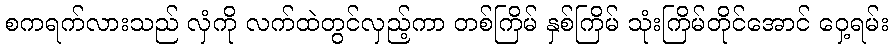
စကရက်လားသည် လှံကို လက်ထဲတွင်လှည့်ကာ တစ်ကြိမ် နှစ်ကြိမ် သုံးကြိမ်တိုင်အောင် ဝှေ့ရမ်း